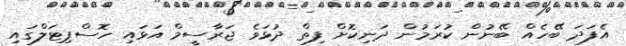
އެފަދަ ބޭހެއް ބޭނުން ކުރަމުން ދަނިކޮށް ފިތް ދުޅަވެ ޖަރާސީމް އަޅައި ހޮސްޕިޓަލްގައި